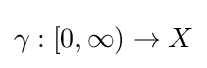
\gamma :[0,\infty )\rightarrow X